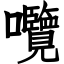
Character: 囕